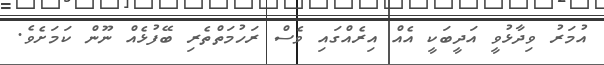
އުމަރު ވިދާޅުވީ އަދީބަކީ އެއް އިރެއްގައި ވެސް ރަހުމަތްތެރި ބޭފުޅެއް ނޫން ކަމަށެވެ.